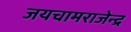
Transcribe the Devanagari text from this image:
जयचामराजेन्द्र